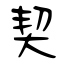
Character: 契